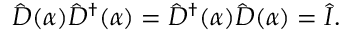
\hat { D } ( \alpha ) \hat { D } ^ { \dagger } ( \alpha ) = \hat { D } ^ { \dagger } ( \alpha ) \hat { D } ( \alpha ) = \hat { I } .